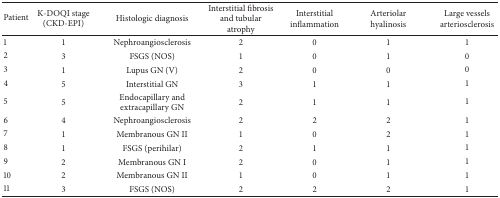
<table><thead><tr><td><b>Patient</b></td><td><b>K-DOQI stage (CKD-EPI)</b></td><td><b>Histologic diagnosis</b></td><td><b>Interstitial fibrosis and tubular atrophy</b></td><td><b>Interstitial inflammation</b></td><td><b>Arteriolar hyalinosis</b></td><td><b>Large vessels arteriosclerosis</b></td></tr></thead><tbody><tr><td>1</td><td>1</td><td>Nephroangiosclerosis</td><td>2</td><td>0</td><td>1</td><td>1</td></tr><tr><td>2</td><td>3</td><td>FSGS (NOS)</td><td>1</td><td>0</td><td>1</td><td>0</td></tr><tr><td>3</td><td>1</td><td>Lupus GN (V)</td><td>2</td><td>0</td><td>0</td><td>0</td></tr><tr><td>4</td><td>5</td><td>Interstitial GN</td><td>3</td><td>1</td><td>1</td><td>1</td></tr><tr><td>5</td><td>5</td><td>Endocapillary and extracapillary GN</td><td>2</td><td>1</td><td>1</td><td>1</td></tr><tr><td>6</td><td>4</td><td>Nephroangiosclerosis</td><td>2</td><td>2</td><td>2</td><td>1</td></tr><tr><td>7</td><td>1</td><td>Membranous GN II</td><td>1</td><td>0</td><td>2</td><td>1</td></tr><tr><td>8</td><td>1</td><td>FSGS (perihilar)</td><td>2</td><td>1</td><td>1</td><td>1</td></tr><tr><td>9</td><td>2</td><td>Membranous GN I</td><td>2</td><td>0</td><td>1</td><td>1</td></tr><tr><td>10</td><td>2</td><td>Membranous GN II</td><td>1</td><td>0</td><td>1</td><td>1</td></tr><tr><td>11</td><td>3</td><td>FSGS (NOS)</td><td>2</td><td>2</td><td>2</td><td>1</td></tr></tbody></table>